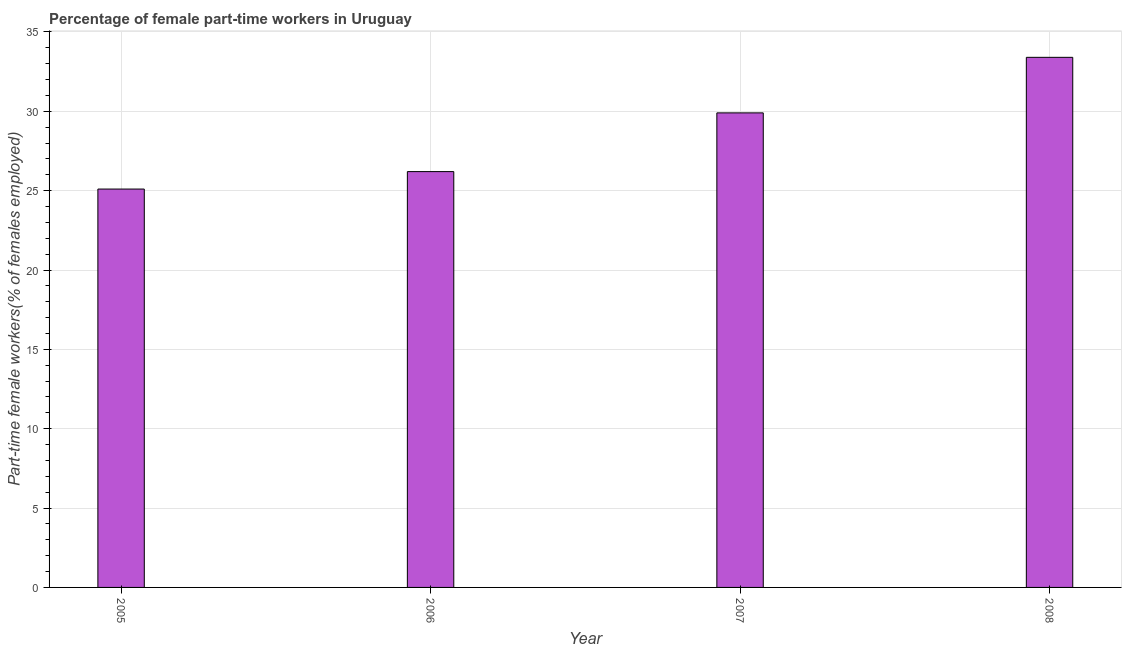
| Year | Part time employment |
 | --- | --- |
 | 2005 | 25.1 |
 | 2006 | 26.2 |
 | 2007 | 29.9 |
 | 2008 | 33.4 |